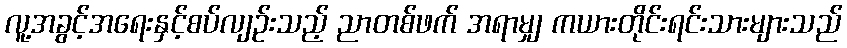
လူ့အခွင့်အရေးနှင့်စပ်လျဉ်းသည့် ညာတစ်ဖက် အရာမျှ ကယားတိုင်းရင်းသားများသည်